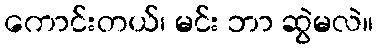
ကောင်းတယ်၊ မင်း ဘာ ဆွဲမလဲ။